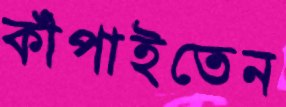
কাঁপাইতেন